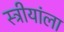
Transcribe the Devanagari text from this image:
स्त्रीयांला